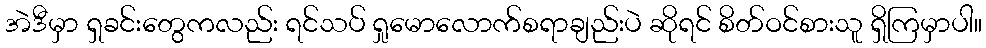
အဲဒီမှာ ရှခင်းတွေကလည်း ရင်သပ် ရှုမောလောက်စရာချည်းပဲ ဆိုရင် စိတ်ဝင်စားသူ ရှိကြမှာပါ။